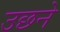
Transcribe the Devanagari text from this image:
उछने